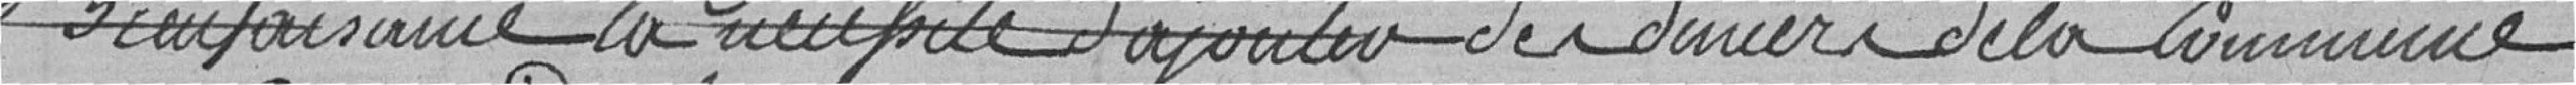
Bienfaisance la nécessité d'ajouter des deniers de la Commune